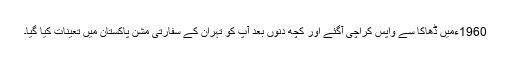
1960ءمیں ڈھاکا سے واپس کراچی آگئے اور کچھ دنوں بعد آپ کو تہران کے سفارتی مشن پاکستان میں تعینات کیا گیا۔